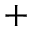
^ +